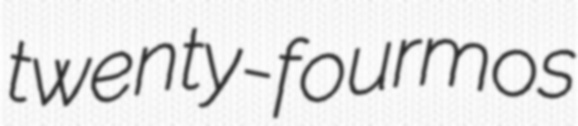
twenty-fourmos